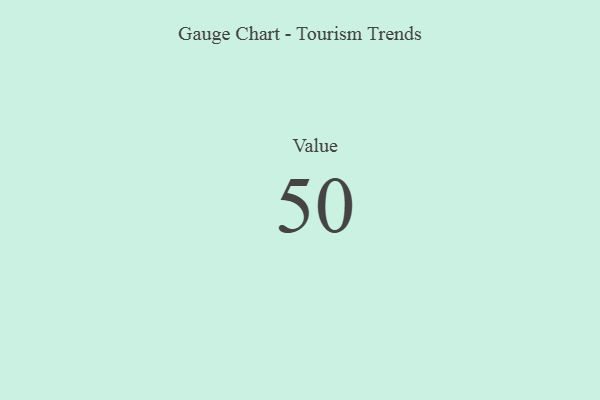
{"axis": {"x": "Metric", "y": "Value"}, "legend": [""], "data": [{"x": "Value", "y": 50, "type": ""}]}